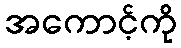
အကောင့်ကို